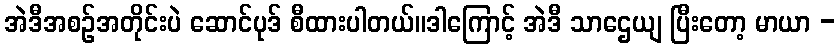
အဲဒီအစဉ်အတိုင်းပဲ ဆောင်ပုဒ် စီထားပါတယ်။ဒါကြောင့် အဲဒီ သာဌေယျ ပြီးတော့ မာယာ -